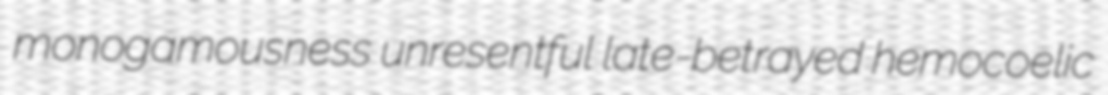
monogamousness unresentful late-betrayed hemocoelic